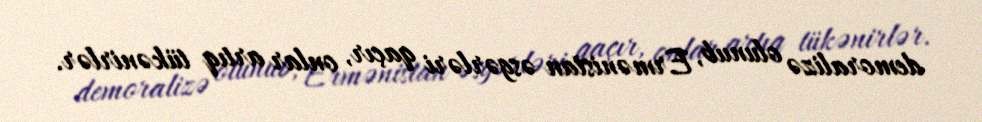
demoralizə olunub, Ermənistan əsgərləri qaçır, onlar artıq tükənirlər.